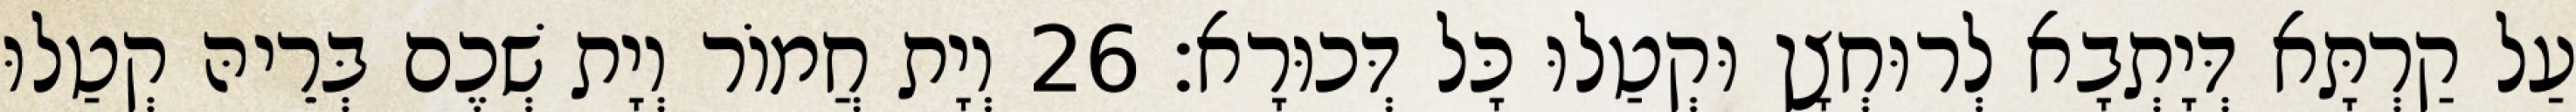
עַל קַרְתָּא דְּיָתְבָא לְרוּחְצָן וּקְטַלוּ כָּל דְּכוּרָא׃ 26 וְיָת חֲמוֹר וְיָת שְׁכֶם בְּרֵיהּ קְטַלוּ